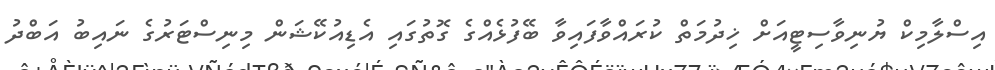
އިސްލާމިކް ޔުނިވާސިޓީއަށް ޚިދުމަތް ކުރައްވާފައިވާ ބޭފުޅެއްގެ ގޮތުގައި އެޑިއުކޭޝަން މިނިސްޓަރުގެ ނައިބު އަބްދު